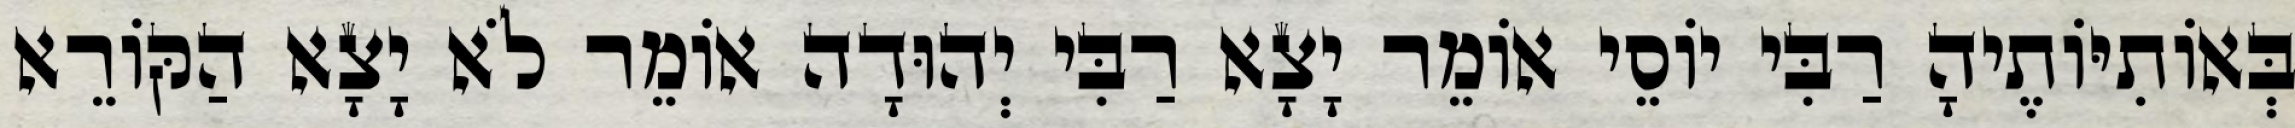
בְּאוֹתִיּוֹתֶיהָ רַבִּי יוֹסֵי אוֹמֵר יָצָא רַבִּי יְהוּדָה אוֹמֵר לֹא יָצָא הַקּוֹרֵא